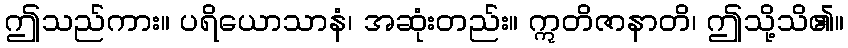
ဤသည်ကား။ ပရိယောသာနံ၊ အဆုံးတည်း။ ဣတိဇာနာတိ၊ ဤသို့သိ၏။